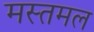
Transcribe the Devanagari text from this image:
मस्तमल